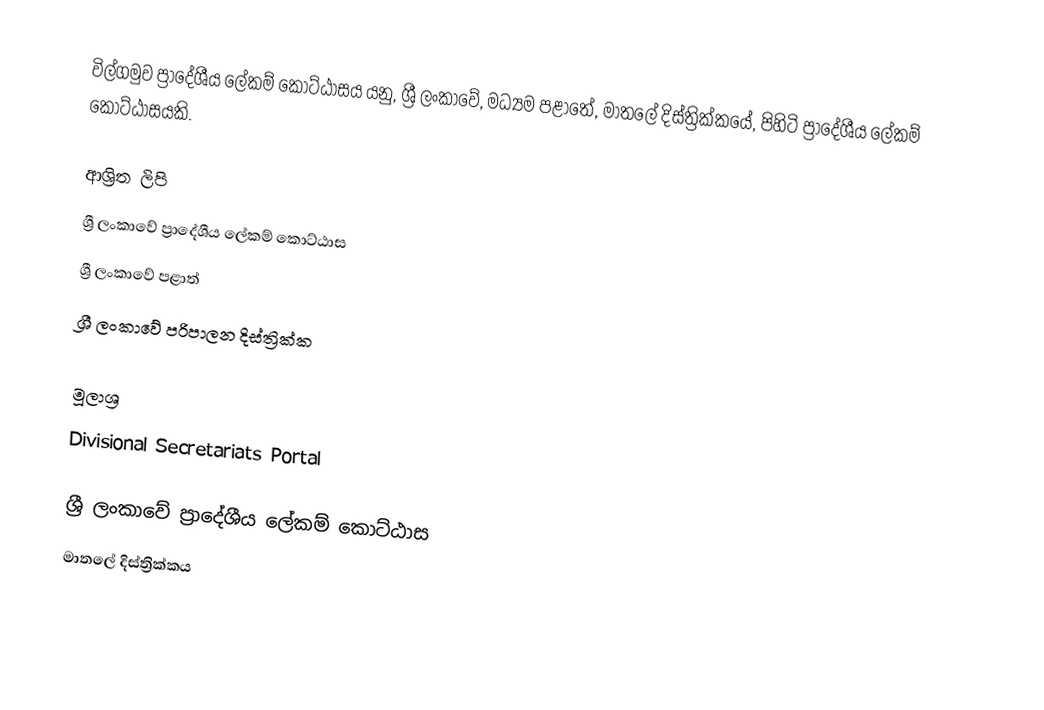
විල්ගමුව ප්‍රාදේශීය ලේකම් කොට්ඨාසය යනු,  ශ්‍රී ලංකාවේ, මධ්‍යම පළාතේ,   මාතලේ දිස්ත්‍රික්කයේ, පිහිටි ප්‍රාදේශීය ලේකම් කොට්ඨාසයකි.

ආශ්‍රිත ලිපි
ශ්‍රී ලංකාවේ ප්‍රාදේශීය ලේකම් කොට්ඨාස
ශ්‍රී ලංකාවේ පළාත්
ශ්‍රී ලංකාවේ පරිපාලන දිස්ත්‍රික්ක

මූලාශ්‍ර
 Divisional Secretariats Portal

ශ්‍රී ලංකාවේ ප්‍රාදේශීය ලේකම් කොට්ඨාස
මාතලේ දිස්ත්‍රික්කය